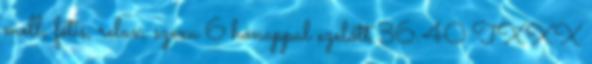
mell, fétis, relax, szexu 6 hónappal ezelőtt 36:40 TXXX